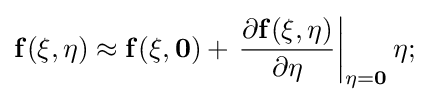
{\bf {f}}({\bf {\xi }},{\bf {\eta }})\approx {\bf {f}}({\bf {\xi }},{\bf {{0})+\left.{\frac {\partial {\bf {f}}({\bf {\xi }},{\bf {\eta }})}{\partial {\bf {\eta }}}}\right|_{{\bf {\eta }}={\bf {0}}}{\bf {\eta }};}}